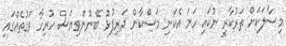
މިސާލަކަށް ތަރުކާރީ ނުކައި ހަމަ އެކަނި މަސްކާން ދަރިފުޅު ބޭނުންވިޔަސް ހުރިހާ ވަގުތެއްގައި